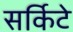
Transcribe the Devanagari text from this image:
सर्किटे